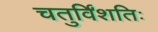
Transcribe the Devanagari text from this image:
चतुर्विंशतिः